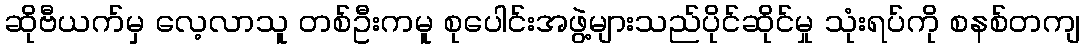
ဆိုဗီယက်မှ လေ့လာသူ တစ်ဦးကမူ စုပေါင်းအဖွဲ့များသည်ပိုင်ဆိုင်မှု သုံးရပ်ကို စနစ်တကျ